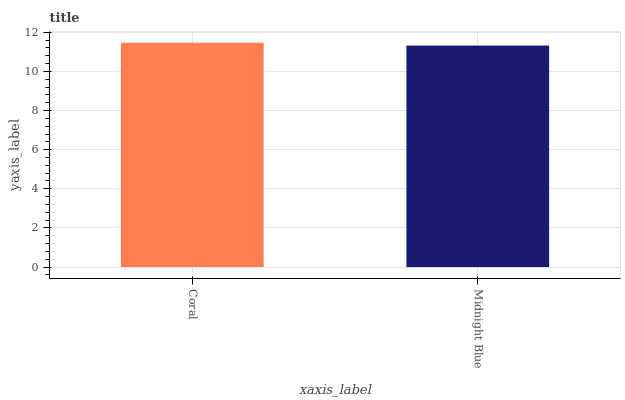
| xaxis_label | bars |
 | --- | --- |
 | Coral | 11.5 |
 | Midnight Blue | 11.3 |